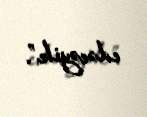
edəcəyik”.